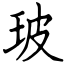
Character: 玻